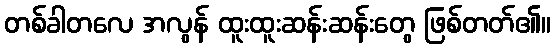
တစ်ခါတလေ အလွန် ထူးထူးဆန်းဆန်းတွေ ဖြစ်တတ်၏။